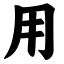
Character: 用